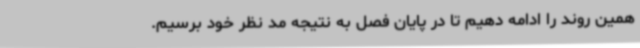
همین روند را ادامه دهیم تا در پایان فصل به نتیجه مد نظر خود برسیم.